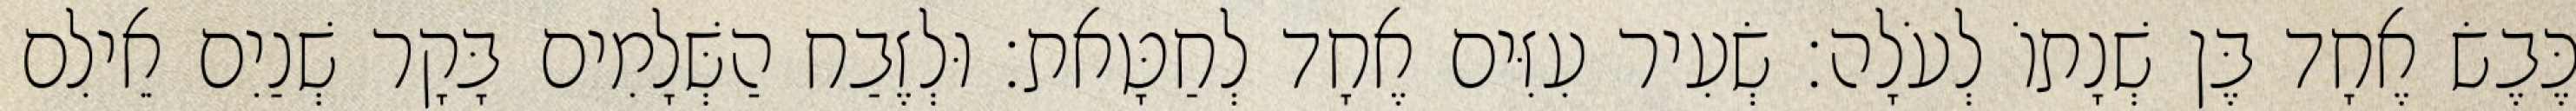
כֶּבֶשׂ אֶחָד בֶּן שְׁנָתוֹ לְעֹלָה׃ שְׂעִיר עִזִּים אֶחָד לְחַטָּאת׃ וּלְזֶבַח הַשְּׁלָמִים בָּקָר שְׁנַיִם אֵילִם